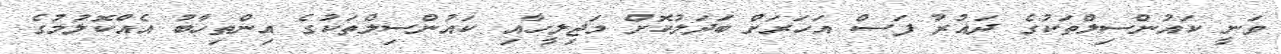
ވަނީ ކައުންސިލްތަކުގެ ދައުރު ފަސް އަހަރަށް ބަދަލުކޮށް މަޖިލީހާއި ކައުންސިލްތަކުގެ އިންތިހާބު އެއްކޮލުމުގެ